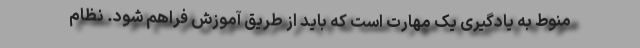
منوط به یادگیری یک مهارت است که باید از طریق آموزش فراهم شود. نظام